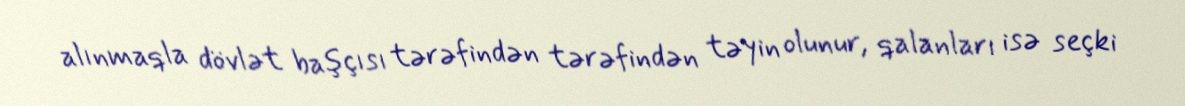
alınmaqla dövlət başçısı tərəfindən tərəfindən təyin olunur, qalanları isə seçki